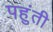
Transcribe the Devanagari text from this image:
पहुंती